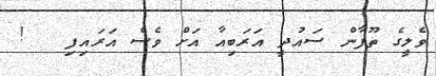
ވެލީގެ ތޫފާން ސައުދީ އަރަބިއާ އަށް ވެސް އަރައިފި   !